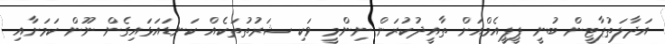
އަދާލަތުޕާޓީން ބުނީ ޕީޕީއެމްއަށް ތާއީދުކުރަން ނިންމީ ވަކި ޝަރުތުތަކެއް ކަނޑައަޅައިގެން ނޫން ކަމަށާއި